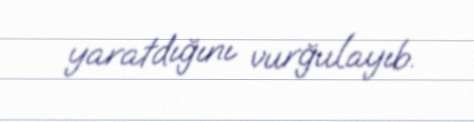
yaratdığını vurğulayıb.